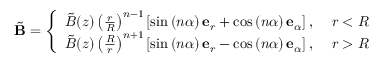
\tilde { \mathbf { B } } = \left\{ \begin{array} { l l } { \tilde { B } ( z ) \left( \frac { r } { R } \right) ^ { n - 1 } \left[ \sin \left( n \alpha \right) \mathbf { e } _ { r } + \cos \left( n \alpha \right) \mathbf { e } _ { \alpha } \right] , } & { \ r < R } \\ { \tilde { B } ( z ) \left( \frac { R } { r } \right) ^ { n + 1 } \left[ \sin \left( n \alpha \right) \mathbf { e } _ { r } - \cos \left( n \alpha \right) \mathbf { e } _ { \alpha } \right] , } & { \ r > R } \end{array} \right.